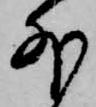
外